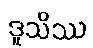
ဒူသိဿ